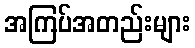
အကြပ်အတည်းများ